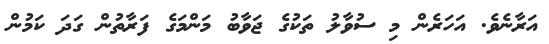
އަރާނެވެ. އަހަރެން މި ސުވާލު ތަކުގެ ޖަވާބު މަންމަގެ ފަރާތުން ގަދަ ކަމުން